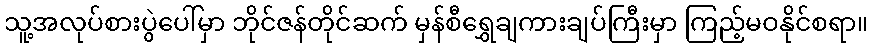
သူ့အလုပ်စားပွဲပေါ်မှာ ဘိုင်ဇန်တိုင်ဆက် မှန်စီရွှေချကားချပ်ကြီးမှာ ကြည့်မဝနိုင်စရာ။